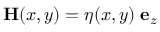
{ \bf H } ( x , y ) = \eta ( x , y ) \; { \bf e } _ { z }